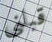
قبلني